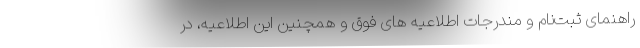
راهنمای ثبت‌نام و مندرجات اطلاعیه های فوق و همچنین این اطلاعیه، در